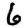
Digit: 6